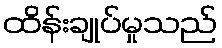
ထိန်းချုပ်မှုသည်